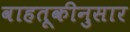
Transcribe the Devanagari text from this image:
वाहतूकीनुसार